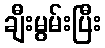
ချီးမွမ်းပြီး